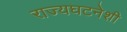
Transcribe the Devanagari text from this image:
राज्यघटनेशी